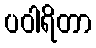
ပဝါရိတာ